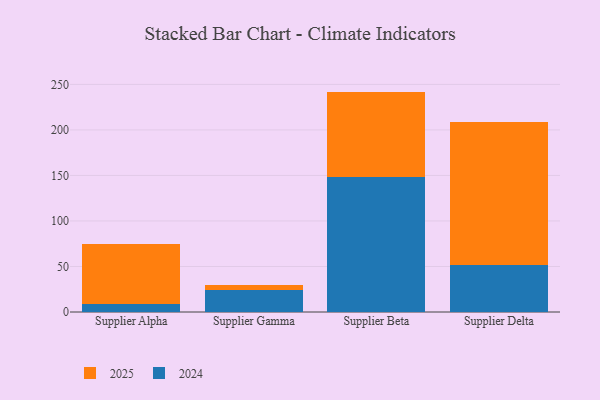
{"axis": {"x": "Supplier", "y": "Churn Rate (%)"}, "legend": ["2024", "2025"], "data": [{"x": "Supplier Alpha", "y": 65.1, "type": "2025"}, {"x": "Supplier Alpha", "y": 9.3, "type": "2024"}, {"x": "Supplier Gamma", "y": 5.8, "type": "2025"}, {"x": "Supplier Gamma", "y": 23.8, "type": "2024"}, {"x": "Supplier Beta", "y": 94.0, "type": "2025"}, {"x": "Supplier Beta", "y": 148.1, "type": "2024"}, {"x": "Supplier Delta", "y": 156.9, "type": "2025"}, {"x": "Supplier Delta", "y": 52.1, "type": "2024"}]}